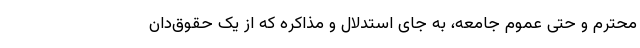
محترم و حتی عموم جامعه، به جای استدلال و مذاکره که از یک حقوق‌دان